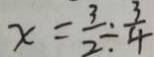
x = \frac { 3 } { 2 } \div \frac { 3 } { 4 }